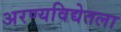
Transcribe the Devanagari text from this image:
अरण्यविद्येतला